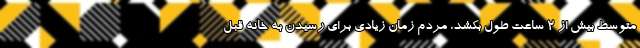
متوسط بیش از 2 ساعت طول بکشد، مردم زمان زیادی برای رسیدن به خانه قبل